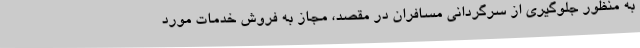
به منظور جلوگیری از سرگردانی مسافران در مقصد، مجاز به فروش خدمات مورد